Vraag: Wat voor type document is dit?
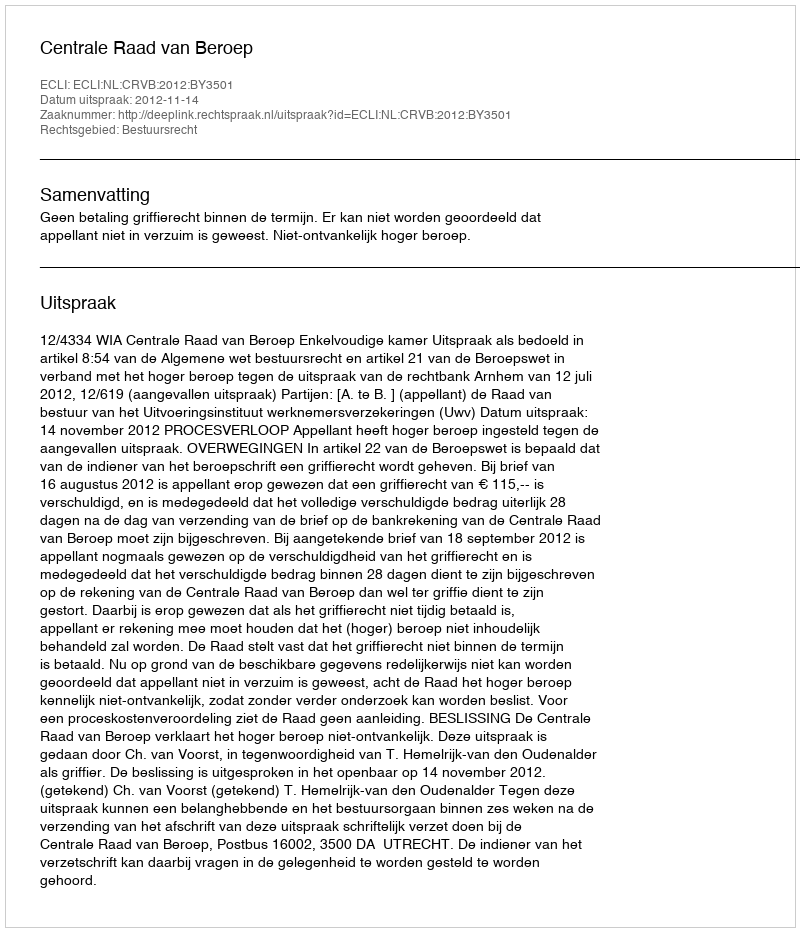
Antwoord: Uitspraak